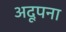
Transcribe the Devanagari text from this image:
अदूपना